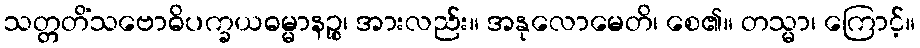
သတ္တတိံသဗောဓိပက္ခယဓမ္မာနဉ္စ၊ အားလည်း။ အနုလောမေတိ၊ စေ၏။ တသ္မာ၊ ကြောင့်။